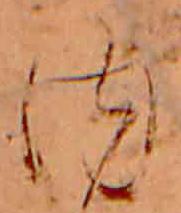
内